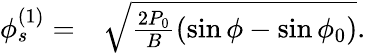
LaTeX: \begin{array}{rl}{\phi_{s}^{(1)}=}&{{}\sqrt{\frac{2P_{0}}{B}(\sin\phi-\sin\phi_{0})}.}\end{array}